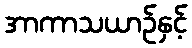
အာကာသယာဉ်နှင့်